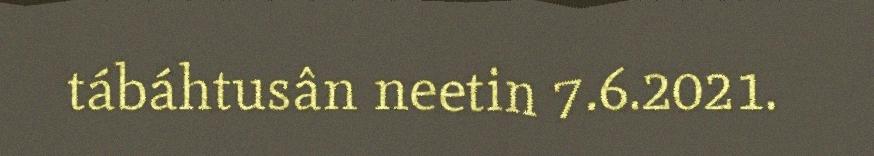
tábáhtusân neetin 7.6.2021.